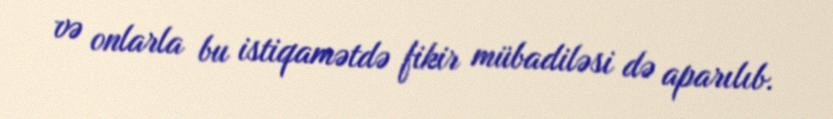
və onlarla bu istiqamətdə fikir mübadiləsi də aparılıb.